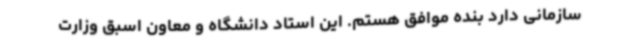
سازمانی دارد بنده موافق هستم. این استاد دانشگاه و معاون اسبق وزارت